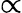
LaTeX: \propto